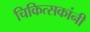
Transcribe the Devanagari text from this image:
चिकित्सकांनी